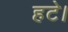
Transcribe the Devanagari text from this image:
हटे।